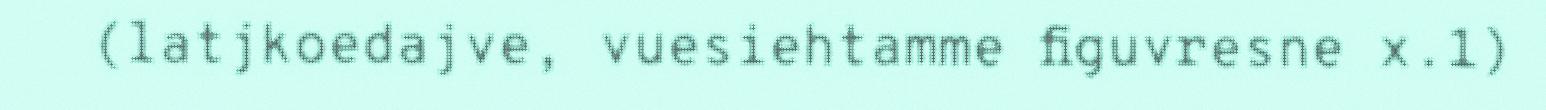
(latjkoedajve, vuesiehtamme figuvresne x.1)